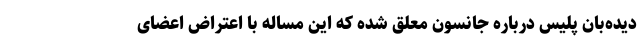
دیده‌بان پلیس درباره جانسون معلق شده که این مساله با اعتراض اعضای